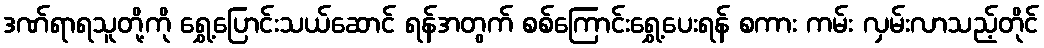
ဒဏ်ရာရသူတို့ကို ရွှေ့ပြောင်းသယ်ဆောင် ရန်အတွက် စစ်ကြောင်းရွှေ့ပေးရန် စကား ကမ်း လှမ်းလာသည့်တိုင်